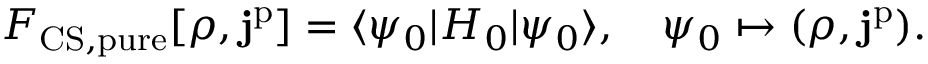
F _ { \mathrm { C S , p u r e } } [ \rho , \mathbf { j } ^ { \mathrm { p } } ] = \langle \psi _ { 0 } | H _ { 0 } | \psi _ { 0 } \rangle , \quad \psi _ { 0 } \mapsto ( \rho , \mathbf { j } ^ { \mathrm { p } } ) .